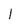
Character: l